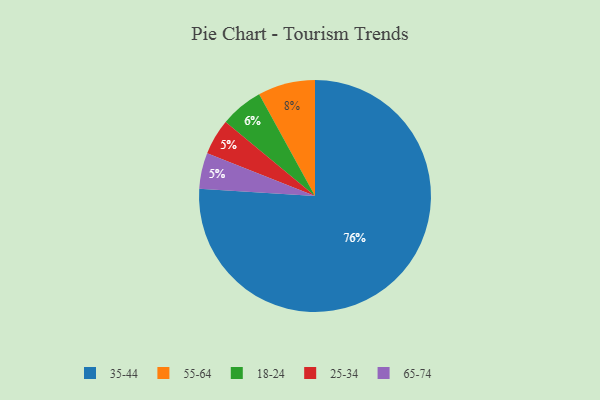
{"axis": {"x": "Category", "y": "Percentage"}, "legend": ["18-24", "25-34", "35-44", "55-64", "65-74"], "data": [{"x": "55-64", "y": 8, "type": "55-64"}, {"x": "25-34", "y": 5, "type": "25-34"}, {"x": "35-44", "y": 76, "type": "35-44"}, {"x": "65-74", "y": 5, "type": "65-74"}, {"x": "18-24", "y": 6, "type": "18-24"}]}